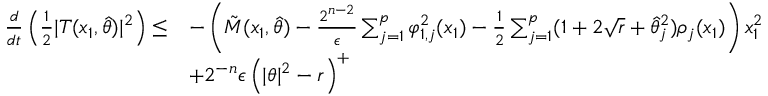
\begin{array} { r l } { \frac { d } { d t } \left( \frac { 1 } { 2 } \vert T ( x _ { 1 } , \hat { \theta } ) \vert ^ { 2 } \right) \leq } & { - \left( \tilde { M } ( x _ { 1 } , \hat { \theta } ) - \frac { 2 ^ { n - 2 } } { \epsilon } \sum _ { j = 1 } ^ { p } \varphi _ { 1 , j } ^ { 2 } ( x _ { 1 } ) - \frac { 1 } { 2 } \sum _ { j = 1 } ^ { p } ( 1 + 2 \sqrt { r } + \hat { \theta } _ { j } ^ { 2 } ) \rho _ { j } ( x _ { 1 } ) \right) x _ { 1 } ^ { 2 } } \\ & { + 2 ^ { - n } \epsilon \left( \vert \theta \vert ^ { 2 } - r \right) ^ { + } } \end{array}